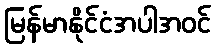
မြန်မာနိုင်ငံအပါအဝင်